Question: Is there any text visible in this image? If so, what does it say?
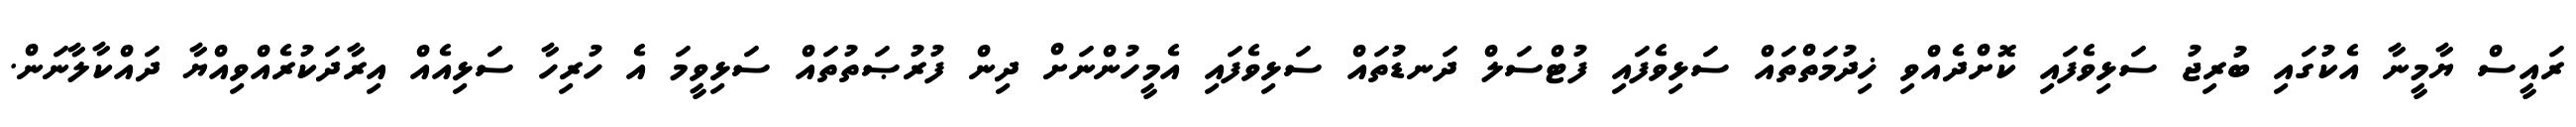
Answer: ރައީސް ޔާމީނާ އެކުގައި ބުރިޖު ސަޅިވެފައި ކޮށްދެއްވި ޚިދުމަތްތައް ސަޅިވެފައި ފުޓްސަލް ދަނޑުތައް ސަޅިވެފައި އެމީހުންނަށް ދިން ފުރުޞަތުތައް ސަޅިވީމަ އެ ހުރިހާ ސަޅިއެއް އިރާދަކުރެއްވިއްޔާ ދައްކާލާނަން.